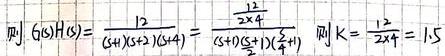
则 \(G(s)H(s)=\frac{12}{(s + 1)(s + 2)(s + 4)}=\frac{\frac{12}{2\times4}}{(s + 1)(\frac{s}{2}+1)(\frac{s}{4}+1)}\) 则 \(K=\frac{12}{2\times4}=1.5\)